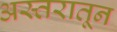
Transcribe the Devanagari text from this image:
अस्तरातून